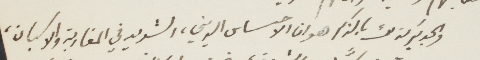
والجدير كذلك بالذكر هو ان الأحساس الديني، الشديد في المغاربة والاسبان،